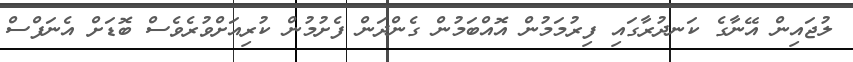
ލުޖައިން އޭނާގެ ކަނދުރާގައި ފިރުމަމުން އޮއްބަމުން ގެންދަން ފެށުމުން ކުރިއަށްވުރެވެސް ބޮޑަށް އެނަފްސް